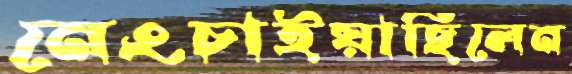
নেংচাইয়াছিলেন